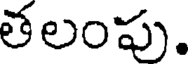
తలంపు.